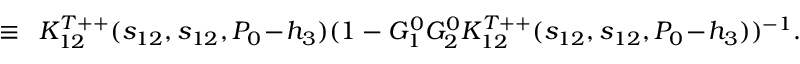
\, \, \equiv \, \, \, K _ { 1 2 } ^ { T + + } ( s _ { 1 2 } , s _ { 1 2 } , P _ { 0 } \! - \! h _ { 3 } ) ( 1 - G _ { 1 } ^ { 0 } G _ { 2 } ^ { 0 } K _ { 1 2 } ^ { T + + } ( s _ { 1 2 } , s _ { 1 2 } , P _ { 0 } \! - \! h _ { 3 } ) ) ^ { - 1 } .